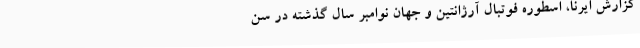
گزارش ایرنا، اسطوره فوتبال آرژانتین و جهان نوامبر سال گذشته در سن